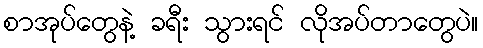
စာအုပ်တွေနဲ့ ခရီး သွားရင် လိုအပ်တာတွေပဲ။